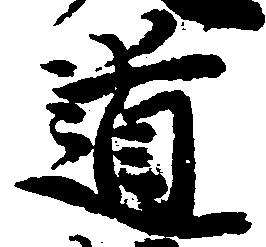
道